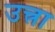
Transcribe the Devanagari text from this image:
उत्त्रा